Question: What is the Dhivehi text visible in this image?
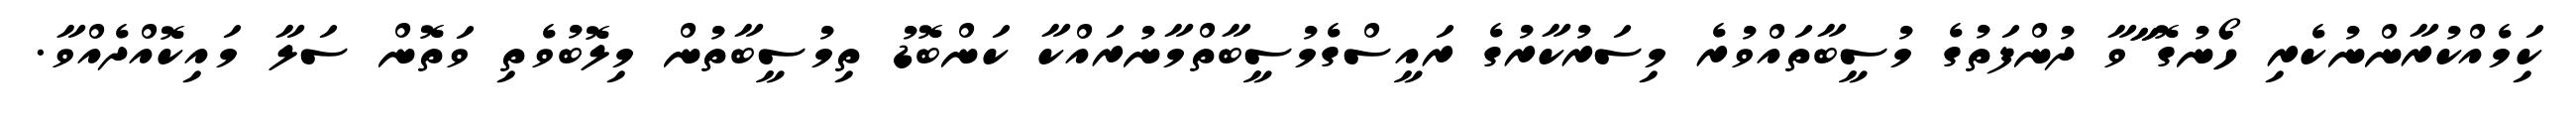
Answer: ކިަމެއްކުރާންނުކެރި ހޯނުގޮ ާާވާ ދުންފަތުގެ މުސީބާތައްވުރެ މިސަރުކާރުގެ ރައީސްގެމުސީބާތްމާނުރައްކާ ކަންބޮޑު ތިމުސީބާތުން މިލޮބުވެތި ވަތޮން ސަލާ މައިކޮއްދެއްވާ.